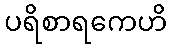
ပရိစာရကေဟိ